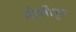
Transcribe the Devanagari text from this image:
मोग्लीपुत्त